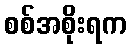
စစ်အစိုးရက